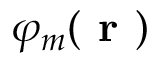
\varphi _ { m } ( \textbf { r } )